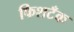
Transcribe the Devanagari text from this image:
फिशटँक